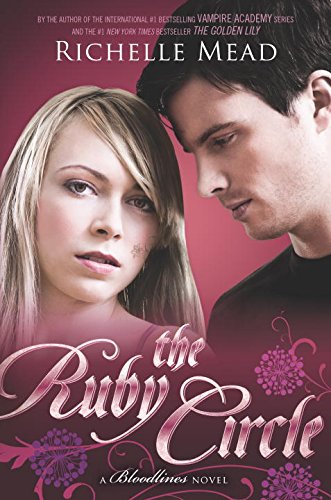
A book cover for The Ruby Circle: A Bloodlines Novel; Richelle Mead; Teen & Young Adult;